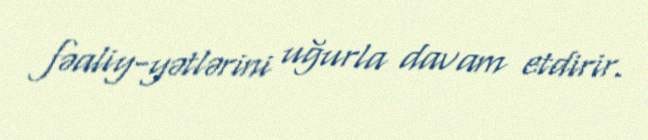
fəaliy­yətlərini uğurla davam etdirir.